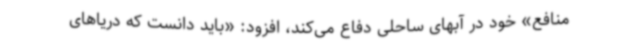
منافع» خود در آبهای ساحلی دفاع می‌کند، افزود: «باید دانست که دریاهای